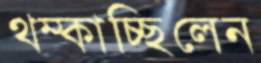
থম্‌কাচ্ছিলেন